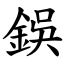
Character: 鋘